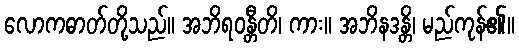
လောကဓာတ်တို့သည်။ အဘိရဝန္တီတိ၊ ကား။ အဘိနဒန္တိ၊ မည်ကုန်၏။